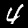
Label: 4